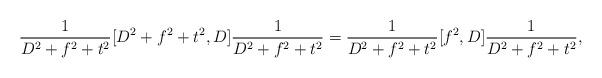
LaTeX: \begin{align*}\frac{1}{D^2+f^2+t^2}[D^2+f^2+t^2,D]\frac{1}{D^2+f^2+t^2} = \frac{1}{D^2+f^2+t^2}[f^2,D]\frac{1}{D^2+f^2+t^2},\end{align*}